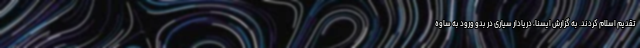
تقدیم اسلام کردند. به گزارش ایسنا، دریادار سیاری در بدو ورود به ساوه